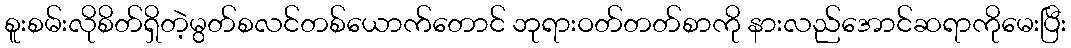
စူးစမ်းလိုစိတ်ရှိတဲ့မွတ်စလင်တစ်ယောက်တောင် ဘုရားဝတ်တတ်စာကို နားလည်အောင်ဆရာကိုမေးပြီး